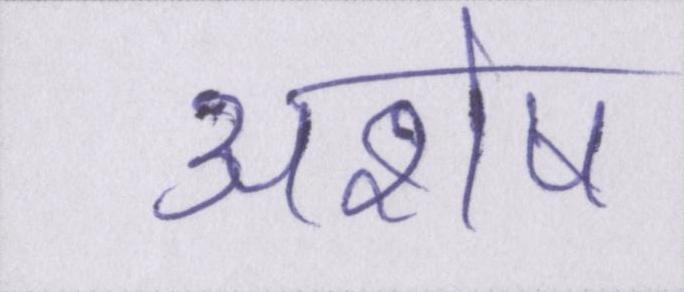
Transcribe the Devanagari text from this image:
अशेष